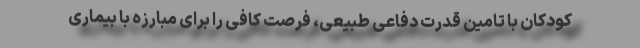
کودکان با تامین قدرت دفاعی طبیعی، فرصت کافی را برای مبارزه با بیماری